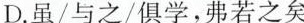
D.虽/与之/俱学，弗若之矣